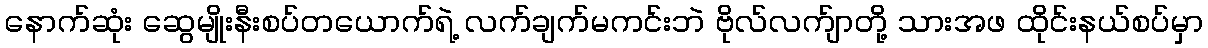
နောက်ဆုံး ဆွေမျိုးနီးစပ်တယောက်ရဲ့ လက်ချက်မကင်းဘဲ ဗိုလ်လက်ျာတို့ သားအဖ ထိုင်းနယ်စပ်မှာ